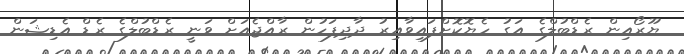
ޔޫރޯއިން ރެޑްބުލްގެ އަގު ހެޔޮކޮށްފައިވާއިރު ދާދިފަހުން ރާއްޖެއަށް ވަނީ ރެޑްބުލްގެ ރެޑް އެޑިޝަން